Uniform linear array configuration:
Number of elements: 8
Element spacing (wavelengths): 0.25
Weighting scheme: binomial
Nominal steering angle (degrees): -30
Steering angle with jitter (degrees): -28.949
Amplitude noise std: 0.05
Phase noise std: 0.05

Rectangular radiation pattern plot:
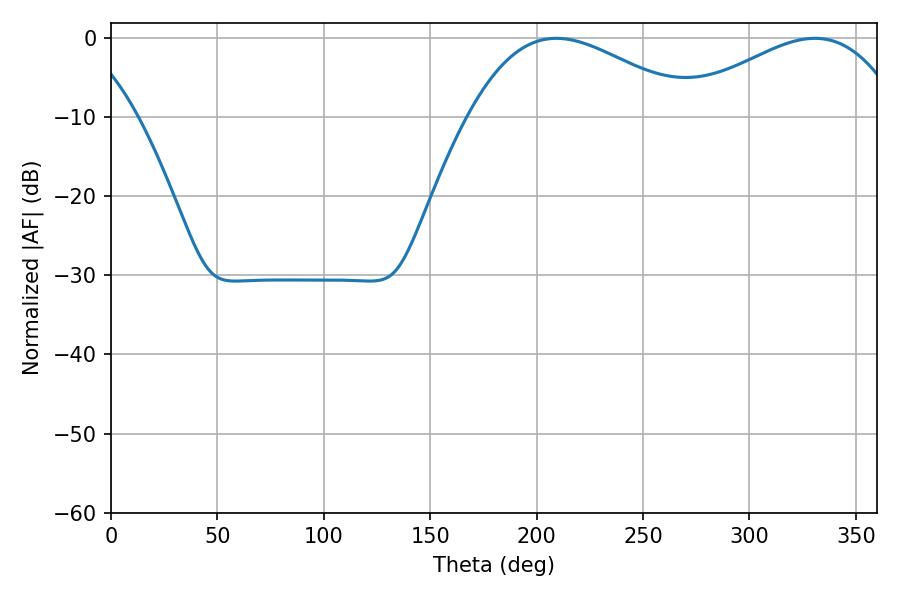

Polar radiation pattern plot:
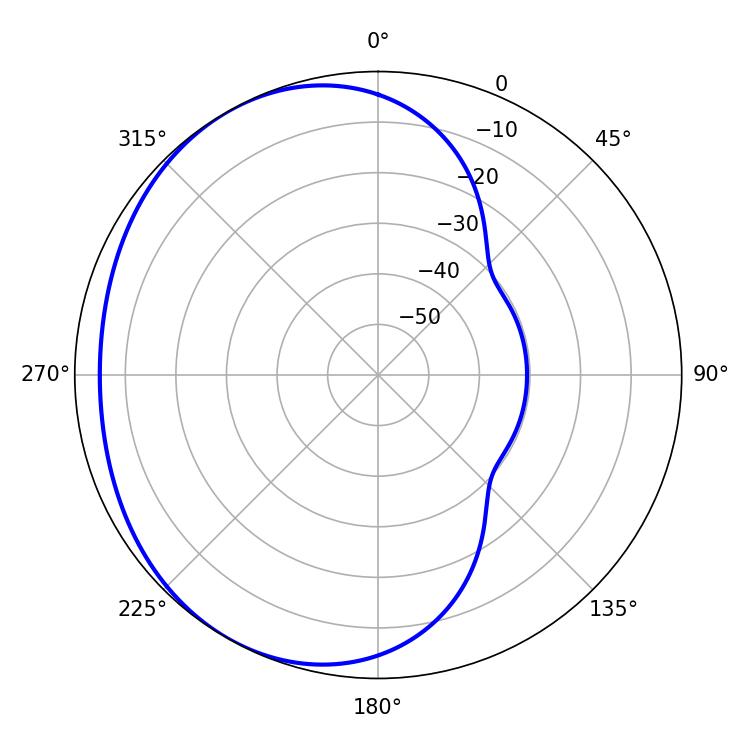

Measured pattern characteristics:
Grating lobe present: FALSE
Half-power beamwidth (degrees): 57.42
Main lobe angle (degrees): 330.66